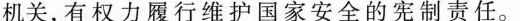
机关，有权力履行维护国家安全的宪制责任。